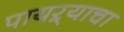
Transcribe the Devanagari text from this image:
पायऱ्याचा